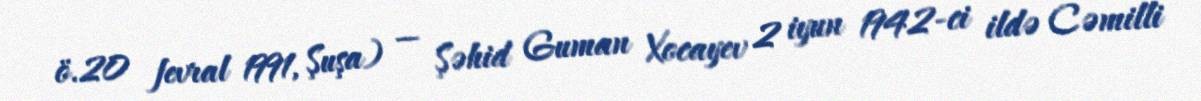
ö.20 fevral 1991, Şuşa) — Şəhid Guman Xocayev 2 iyun 1942-ci ildə Cəmilli